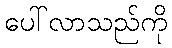
ပေါ်လာသည်ကို